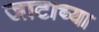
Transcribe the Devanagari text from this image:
जाटाच्या